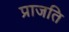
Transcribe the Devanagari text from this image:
प्राजति